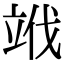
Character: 𥩱